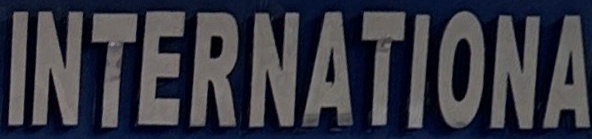
INTERNATIONAL